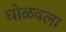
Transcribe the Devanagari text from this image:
घोळवला